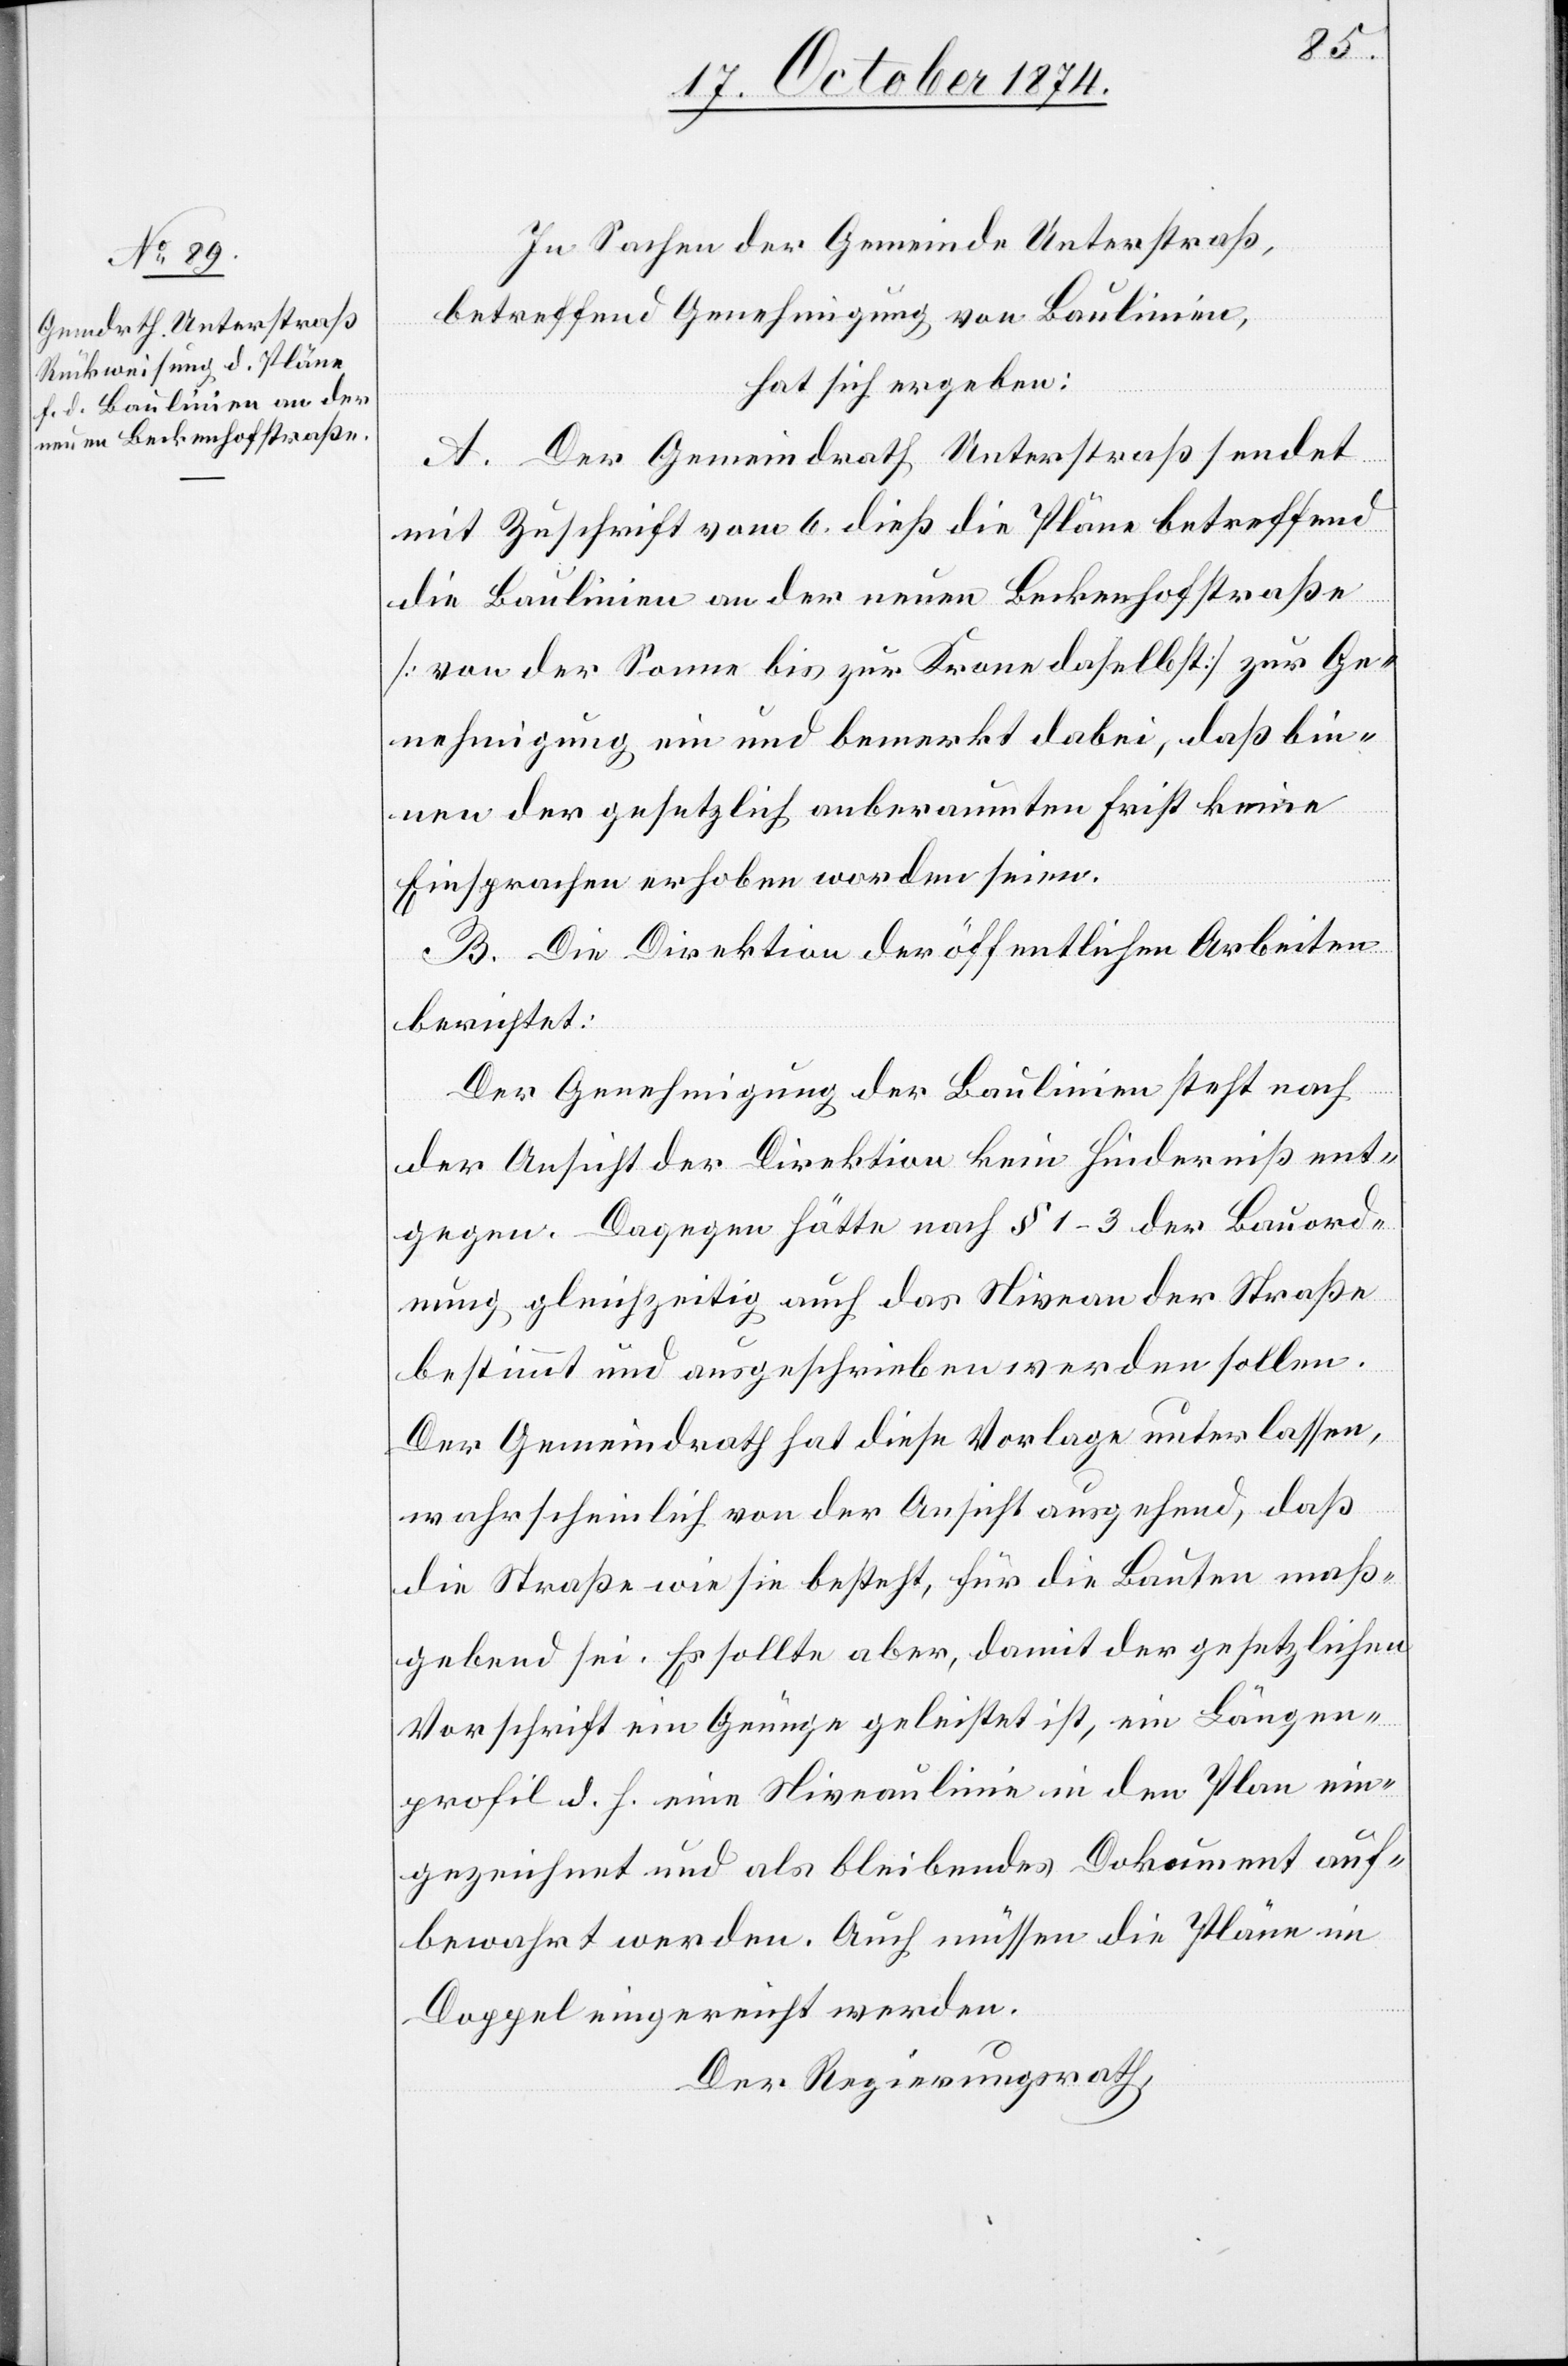
In Sachen der Gemeinde Unterstraß,
betreffend Genehmigung von Baulinien,
hat sich ergeben:
A. Der Gemeindrath Unterstraß sendet
mit Zuschrift vom 6. dieß die Pläne betreffend
die Baulinien an der neuen Beckenhofstraße
[von der Sonne bis zur Krone daselbst] zur Ge¬
nehmigung ein und bemerkt dabei, daß bin¬
nen der gesetzlich anberaumten Frist keine
Einsprachen erhoben worden seien.
B. Die Direktion der öffentlichen Arbeiten
berichtet:
Der Genehmigung der Baulinien steht nach
der Ansicht der Direktion kein Hinderniß ent¬
gegen. Dagegen hätte nach § 1–3 der Bauord¬
nung gleichzeitig auch das Niveau der Straße
bestimmt und ausgeschrieben werden sollen.
Der Gemeindrath hat diese Vorlage unterlassen,
wahrscheinlich von der Ansicht ausgehend, daß
die Straße wie sie besteht, für die Bauten maß¬
gebend sei. Es sollte aber, damit der gesetzlichen
Vorschrift ein Genüge geleistet ist, ein Längen¬
profil d. h. eine Niveaulinie in den Plan ein¬
gezeichnet und als bleibendes Dokument auf¬
bewahrt werden. Auch müssen die Pläne im
Doppel eingereicht werden.
Der Regierungsrath,